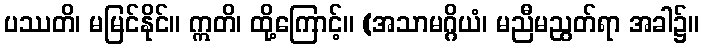
ပဿတိ၊ မမြင်နိုင်။ ဣတိ၊ ထို့ကြောင့်။ (အသာမဂ္ဂိယံ၊ မညီမညွတ်ရာ အခါ၌။